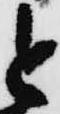
と